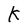
Character: K